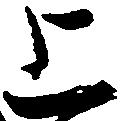
上